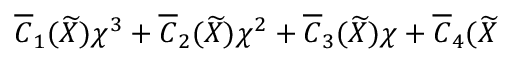
\overline { { { C } } } _ { 1 } ( \widetilde { X } ) \chi ^ { 3 } + \overline { { { C } } } _ { 2 } ( \widetilde { X } ) \chi ^ { 2 } + \overline { { { C } } } _ { 3 } ( \widetilde { X } ) \chi + \overline { { { C } } } _ { 4 } ( \widetilde { X }